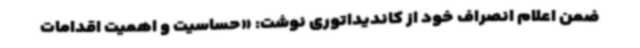
ضمن اعلام انصراف خود از کاندیداتوری نوشت: «حساسیت و اهمیت اقدامات